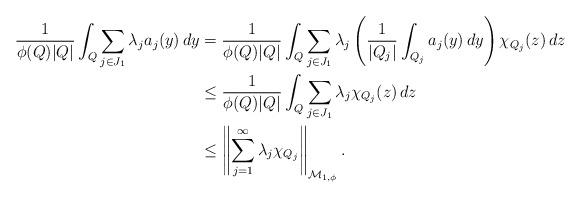
LaTeX: \begin{align*}\frac{1}{\phi(Q)|Q|}\int_Q\sum_{j \in J_1} \lambda_j a_j(y)\,dy&=\frac{1}{\phi(Q)|Q|}\int_Q\sum_{j \in J_1} \lambda_j\left(\frac{1}{|Q_j|}\int_{Q_j}a_j(y)\,dy\right)\chi_{Q_j}(z)\,dz\\&\le\frac{1}{\phi(Q)|Q|}\int_Q\sum_{j \in J_1} \lambda_j\chi_{Q_j}(z)\,dz\\&\le\left\|\sum_{j=1}^\infty\lambda_j\chi_{Q_j}\right\|_{{\mathcal M}_{1,\phi}}.\end{align*}